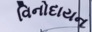
વિનોદાયન